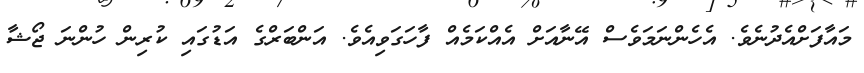
މައާފަށްއެދުނެވެ. އެހެންނަމަވެސް އޭނާއަށް އެއްކަމެއް ފާހަގަވިއެވެ. އަންބަރްގެ އަޑުގައި ކުރިން ހުންނަ ޖޯޝާ